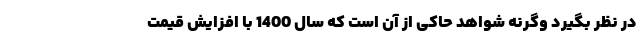
در نظر بگیرد وگرنه شواهد حاکی از آن است که سال 1400 با افزایش قیمت